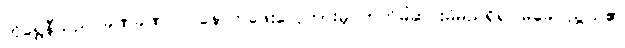
ကိုရွှေနီသည် ခဏခဏပင် နောက်ဖေးလှေကားမှ တက်မိဆင်းမိမည်ရှိ၍ မခေါင်ညွယ်၏